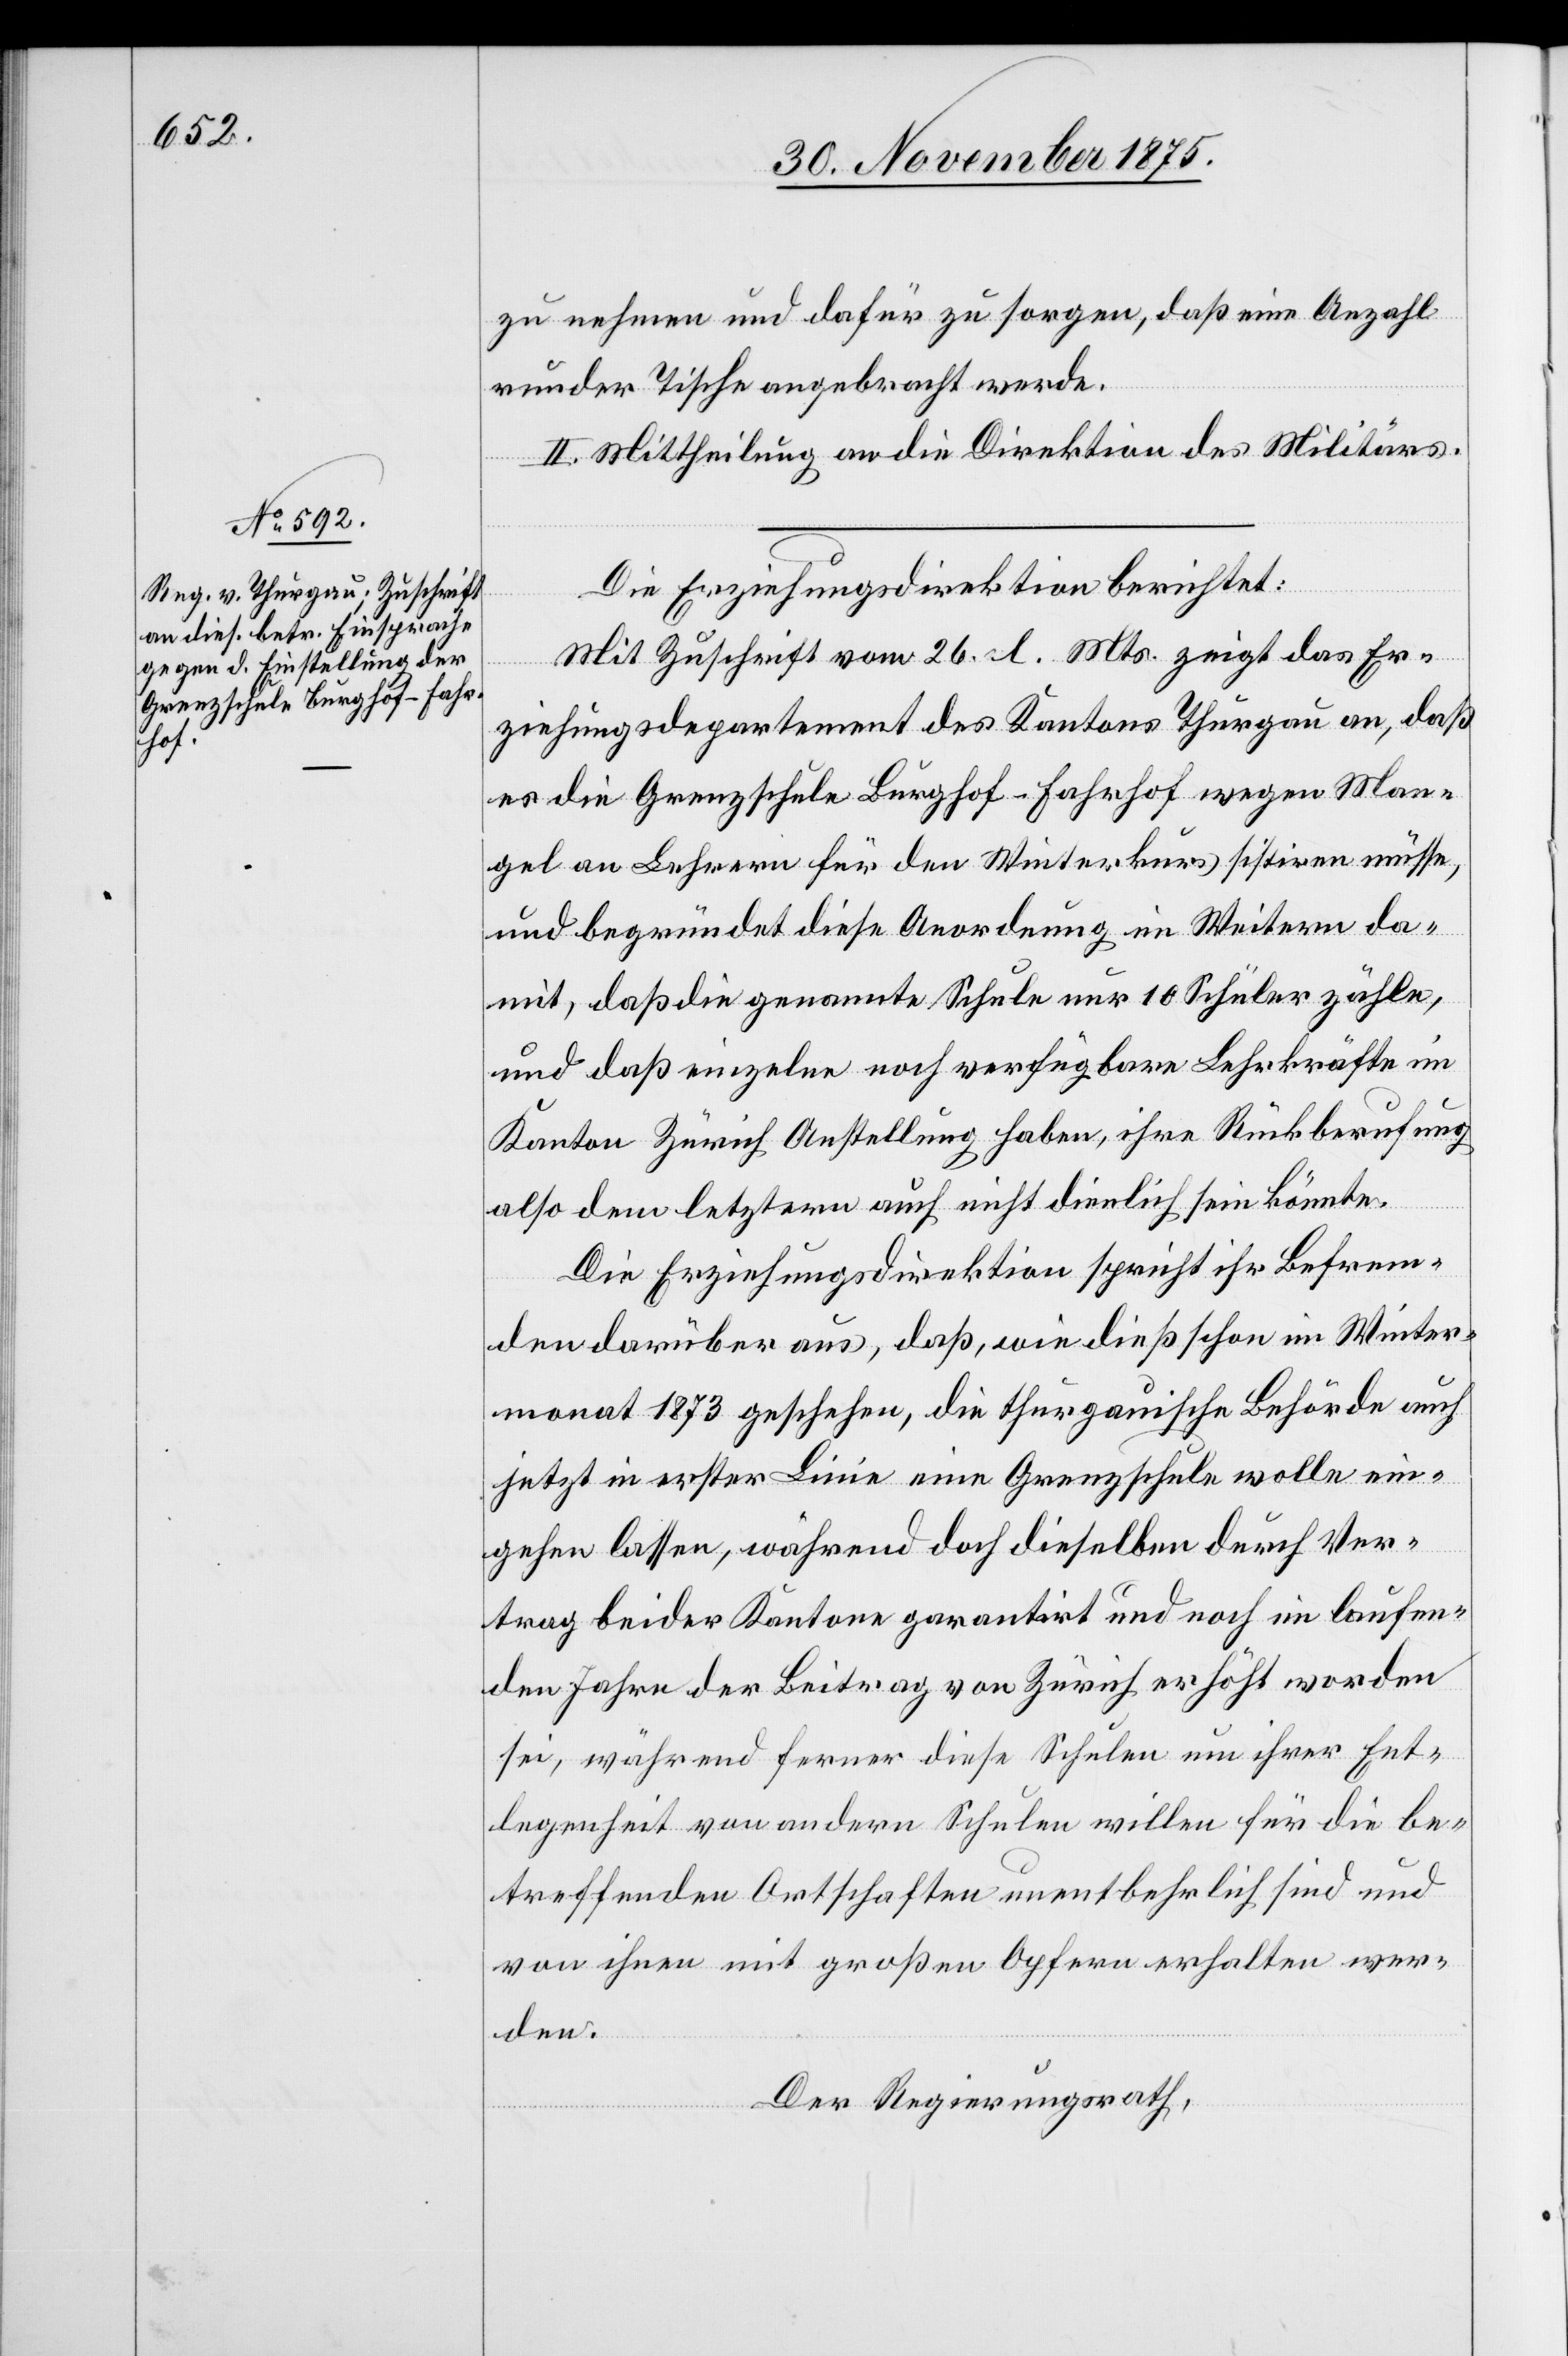
zu nehmen und dafür zu sorgen, daß eine Anzahl
runder Tische angebracht werde.
II. Mittheilung an die Direktion des Militärs.
Die Erziehungsdirektion berichtet:
Mir Zuschrift vom 26. d. Mts. zeigt das Er¬
ziehungsdepartement des Kantons Thurgau an, daß
es die Grenzschule Burghof-Fahrhof wegen Man¬
gel an Lehrern für den Winterkurs sistiren müsse,
und begründet diese Anordnung im Weitern da¬
mit, daß die genannte Schule nur 10 Schüler zähle,
und daß einzelne noch verfügbare Lehrkräfte im
Kanton Zürich Anstellung haben, ihre Rückberufung
also dem letztern auch nicht dienlich sein könnte.
Die Erziehungsdirektion spricht ihr Befrem¬
den darüber aus, daß, wie dieß schon im Winter¬
monat 1873 geschehen, die thurgauische Behörde auch
jetzt in erster Linie eine Grenzschule wolle ein¬
gehen lassen, während doch dieselben durch Ver¬
trag beider Kantone garantirt und noch im laufen¬
den Jahre der Beitrag von Zürich erhöht worden
sei, während ferner diese Schulen um ihrer Ent¬
legenheit von andern Schulen willen für die be¬
treffenden Ortschaften unentbehrlich sind und
von ihnen mit großen Opfern erhalten wer¬
den.
Der Regierungsrath,